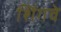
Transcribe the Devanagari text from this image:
शिंगवे